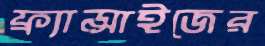
ফ্র্যান্সাইজের